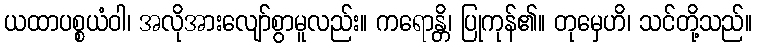
ယထာပစ္စယံဝါ၊ အလိုအားလျော်စွာမူလည်း။ ကရောန္တိ၊ ပြုကုန်၏။ တုမှေဟိ၊ သင်တို့သည်။